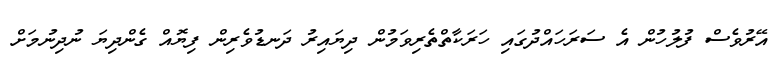
އޭރުވެސް ފުލުހުން އެ ސަރަހައްދުގައި ހަރަކާތްތެރިވަމުން ދިޔައިރު ދަނޑުވެރިން ފިޔޮއް ގެންދިޔަ ނުދިނުމަށް